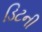
ડિટની